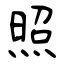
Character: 照